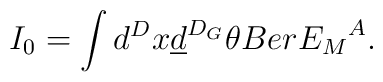
I_0=\int d^Dx\underline{d}^{D_G}\theta Ber {E_M}^A.